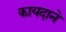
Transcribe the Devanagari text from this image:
कायदाने